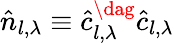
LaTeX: \hat{n}_{l,\lambda}\equiv\hat{c}_{l,\lambda}^{\dag}\hat{c}_{l,\lambda}